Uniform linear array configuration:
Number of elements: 4
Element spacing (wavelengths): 0.25
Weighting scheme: hamming
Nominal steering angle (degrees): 0
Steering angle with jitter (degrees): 1.219
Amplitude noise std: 0.05
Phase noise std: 0.05

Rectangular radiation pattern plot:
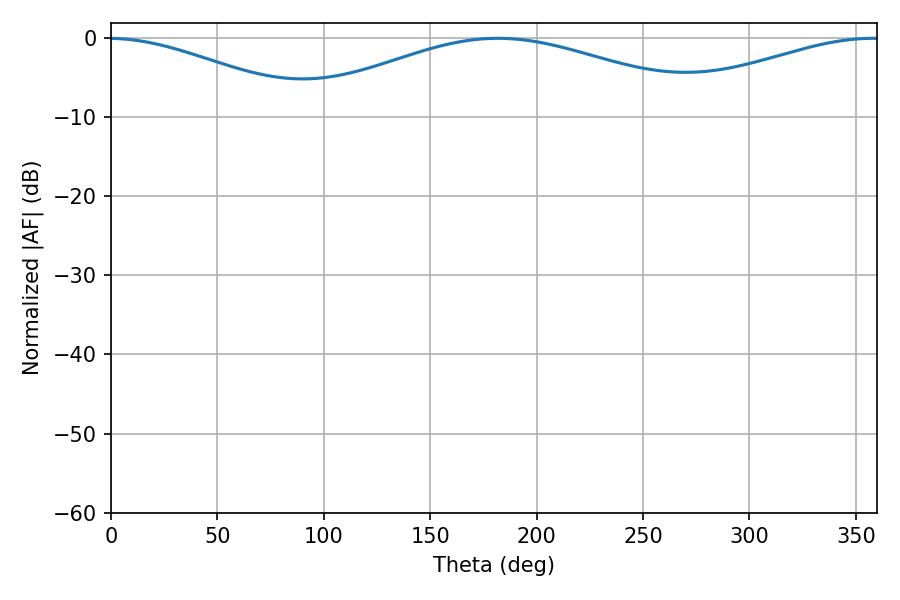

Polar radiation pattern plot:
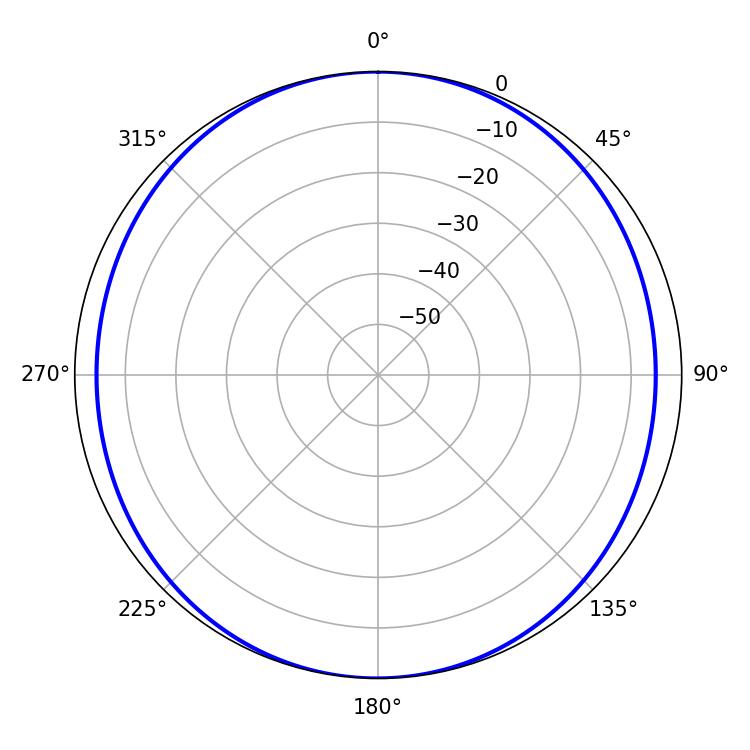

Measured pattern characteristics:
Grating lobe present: FALSE
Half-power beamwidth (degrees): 107.46
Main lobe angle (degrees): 181.8